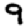
Digit: 9